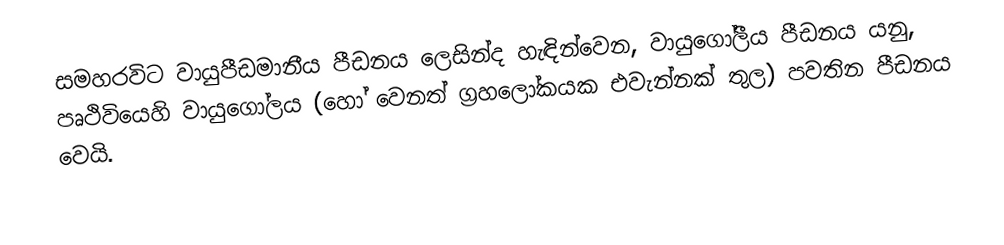
සමහරවිට වායුපීඩමානීය පීඩනය ලෙසින්ද හැඳින්වෙන, වායුගෝලීය පීඩනය යනු, පෘථිවියෙහි වායුගෝලය (හෝ වෙනත් ග්‍රහලෝකයක එවැන්නක් තුල) පවතින පීඩනය වෙයි.